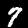
Digit: 7